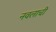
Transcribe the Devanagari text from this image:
नवलाची